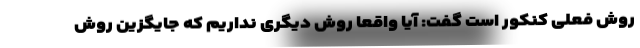
روش فعلی کنکور است گفت: آیا واقعا روش دیگری نداریم که جایگزین روش